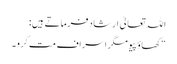
اللہ تعالیٰ ارشاد فرماتے ہیں:
“کھاؤ پیو مگر اسراف مت کرو۔